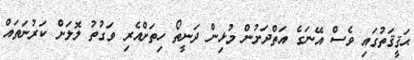
ޙަޤީޤަތުގައި ވެސް އޭނަގެ އަތްދަށުން މުޅިން ދަނީތޯ ހިތަށްއެރި ވަގުތު ލޮލަށް ކަރުނަތައް